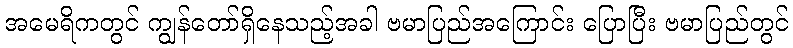
အမေရိကတွင် ကျွန်တော်ရှိနေသည့်အခါ ဗမာပြည်အကြောင်း ပြောပြီး ဗမာပြည်တွင်